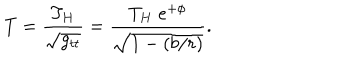
T = { \frac { T _ { H } } { \sqrt { g _ { t t } } } } = { \frac { T _ { H } \; e ^ { + \phi } } { \sqrt { 1 - ( b / r ) } } } .